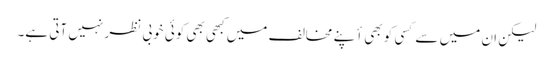
لیکن ان میں سے کسی کو بھی أپنے مخالف میں کبھی بھی کوئی خوبی نظر نہیں آتی ہے۔